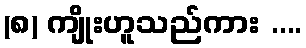
(၈) ကျိုးဟူသည်ကား ....